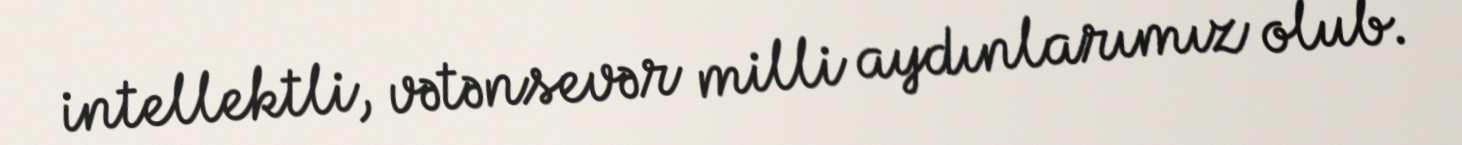
intellektli, vətənsevər milli aydınlarımız olub.